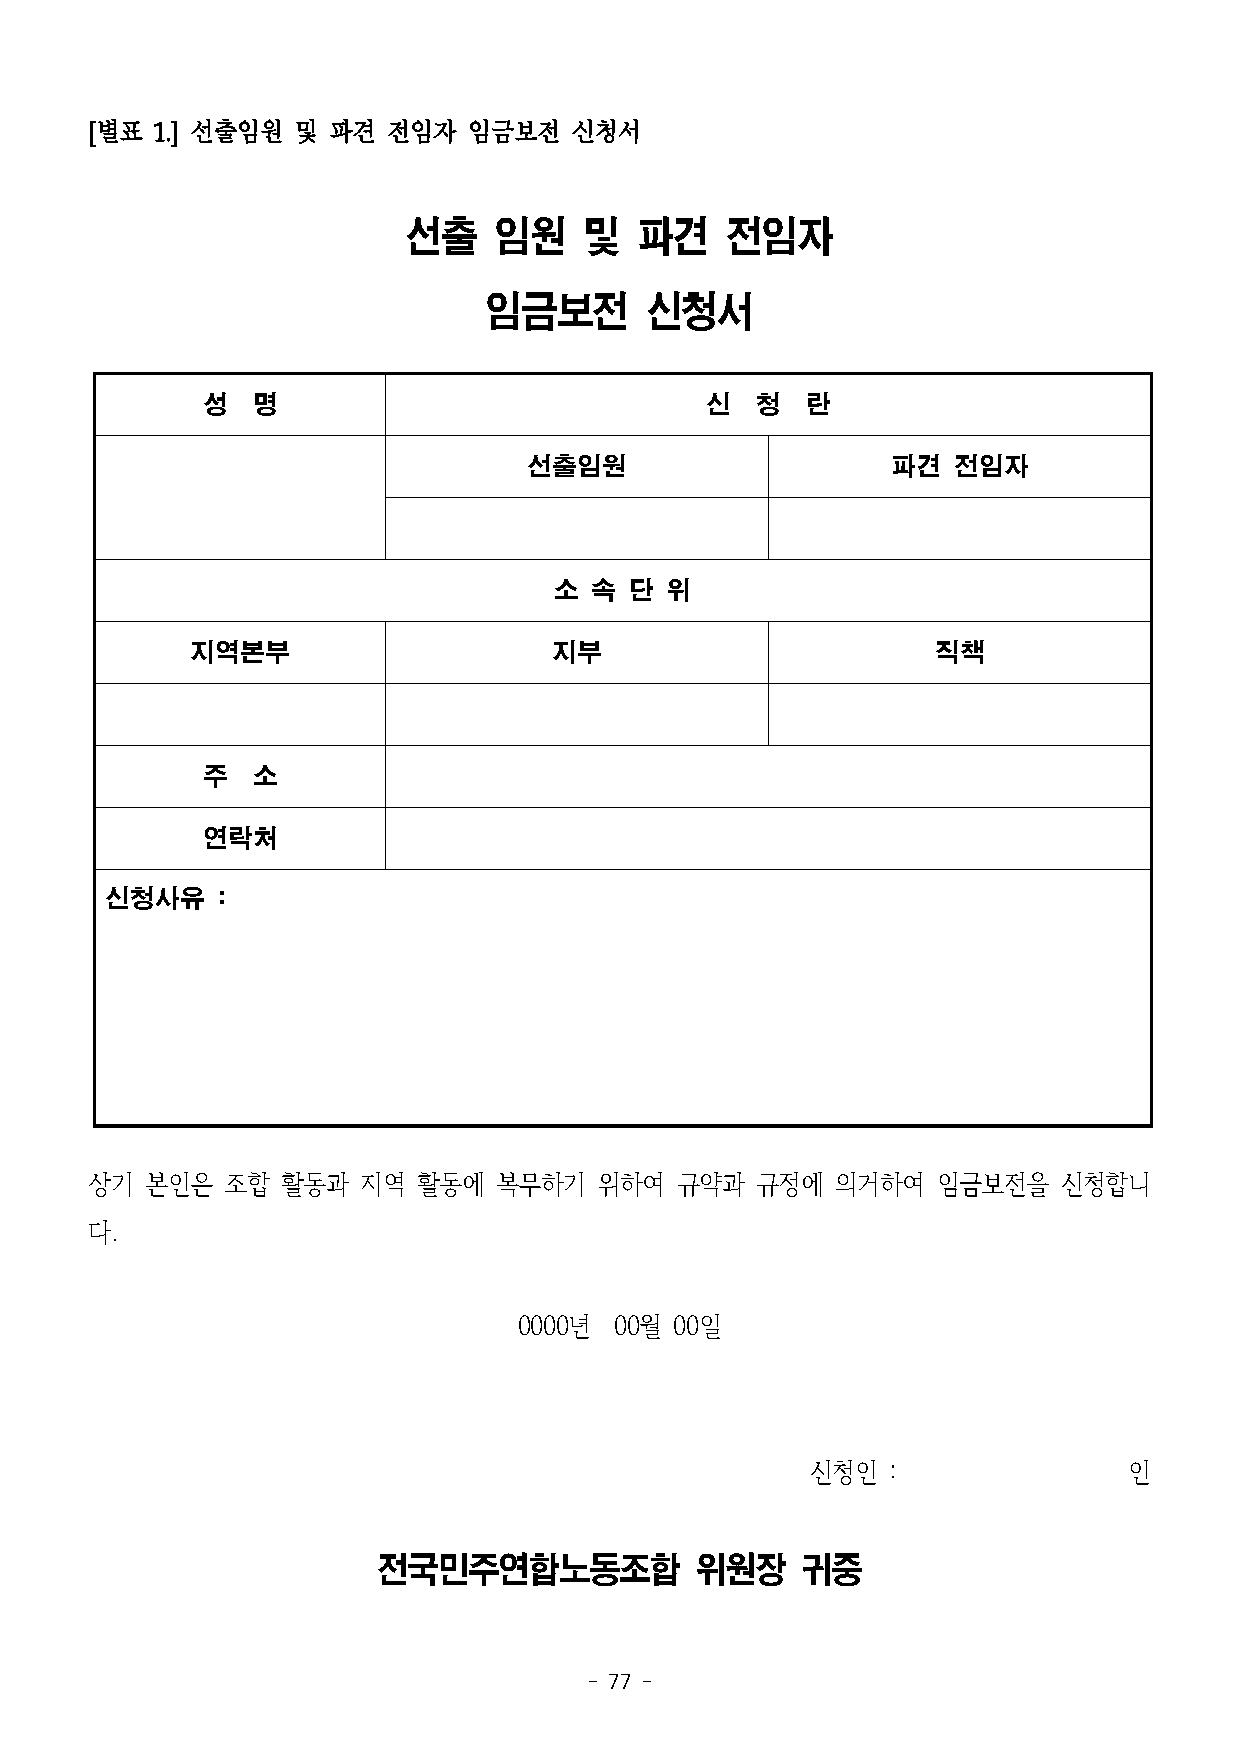
[별표 1.] 선출임원 및  파견  전임자  임금보전   신청서
 선출    임원    및  파견    전임자
 임금보전       신청서
 성   명                             신  청  란
 선출임원                    파견  전임자
 소 속  단 위
 지역본부                    지부                       직책
 주   소
 연락처
 신청사유   :
 상기  본인은  조합  활동과  지역  활동에  복무하기   위하여  규약과  규정에  의거하여   임금보전을   신청합니
 다.
 0000년  00월 00일
 신청인  :               인
 전국민주연합노동조합           위원장    귀중
 - 77 -